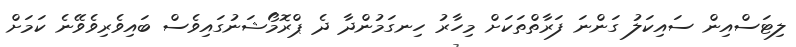
ލިޓަސްއިން ސައިކަލު ގަންނަ ފަރާތްތަކަށް މިހާރު ހިނގަމުންދާ ދެ ޕްރޮމޯޝަނުގައިވެސް ބައިވެރިވެވޭނެ ކަމަށް